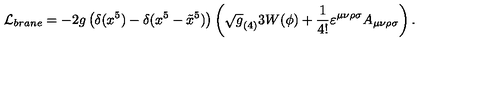
{ \cal L } _ { b r a n e } = - 2 g \left( \delta ( x ^ { 5 } ) - \delta ( x ^ { 5 } - \tilde { x } ^ { 5 } ) \right) \left( \sqrt g _ { ( 4 ) } 3 W ( \phi ) + { \frac { 1 } { 4 ! } } \varepsilon ^ { \mu \nu \rho \sigma } A _ { \mu \nu \rho \sigma } \right) .